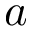
a